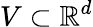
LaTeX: V\subset\mathbb{R}^{d}